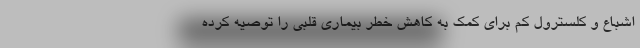
اشباع و کلسترول کم برای کمک به کاهش خطر بیماری قلبی را توصیه کرده